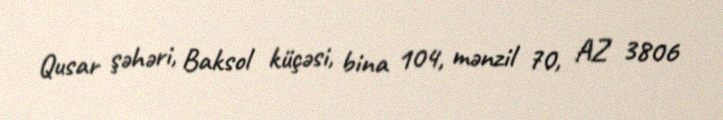
Qusar şəhəri, Baksol küçəsi, bina 104, mənzil 70, AZ 3806